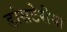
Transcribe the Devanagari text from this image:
डांसटेरीया